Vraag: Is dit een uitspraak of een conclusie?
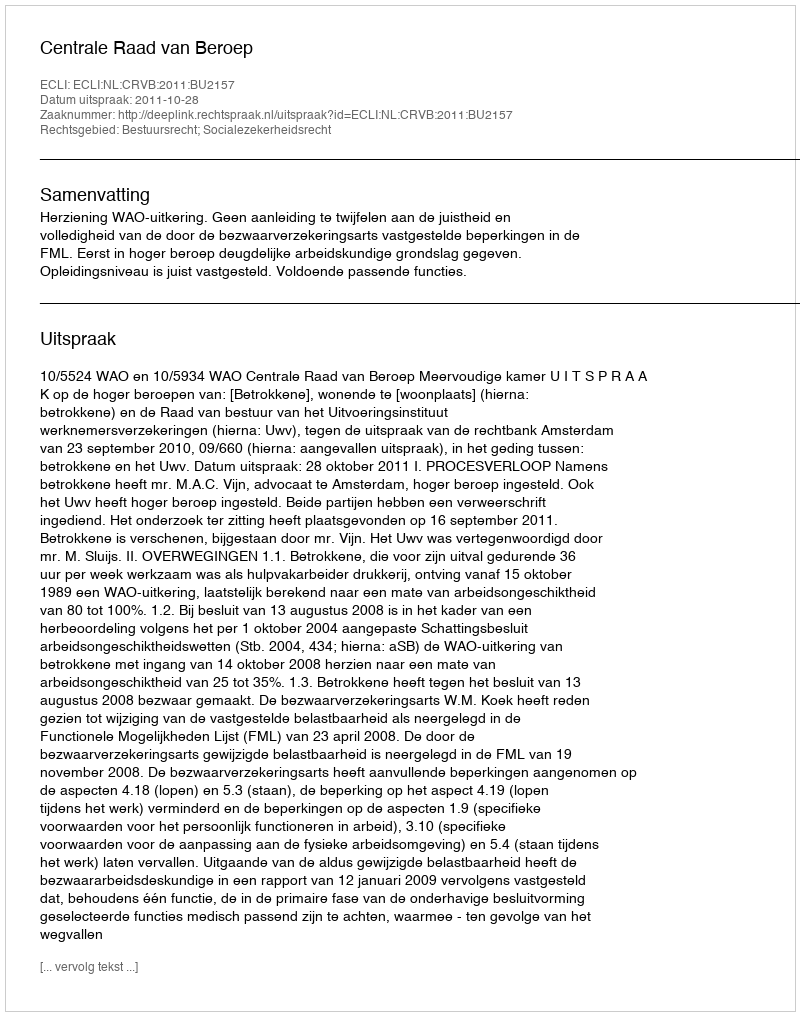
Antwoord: Uitspraak